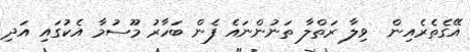
އޭގެތެރެއިން  ވިލާ ރަތްލާ ތަނުންނައެ ފެން ބަހާރު މޫސުމާ އެކުގައި އަދި